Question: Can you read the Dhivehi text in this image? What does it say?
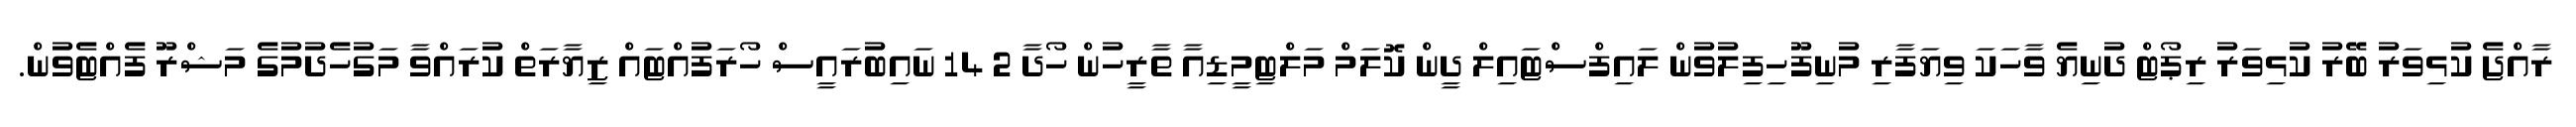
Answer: ރާއްޖެ ކުޅިވަރު ބޭރު ކުޅިވަރު ރިޕޯޓް ދުނިޔެ ވާހަކަ ވިޔަފާރި މުނިފޫހިފިލުވުން ލައިފްސްޓައިލް ދީން ކޮލަމް މަލްޓިމީޑިއާ ތާރީހުން ހޯދާ 2 14 ނައިބުރައީސް ހޯރަފުއްޓައް ޒިޔާރަތް ކުރައްވާ މަގުހެދުމުގެ މަޝްރޫ ފެއްޓެވުން.